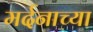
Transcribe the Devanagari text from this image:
मर्दनाच्या